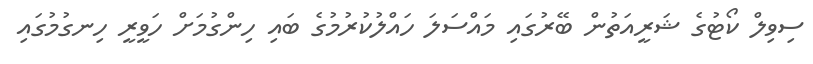
ސިވިލް ކޯޓުގެ ޝަރީއަތުން ބޭރުގައި މައްސަލަ ހައްލުކުރުމުގެ ބައި ހިންގުމަށް ހަވީރީ ހިނގުމުގައި